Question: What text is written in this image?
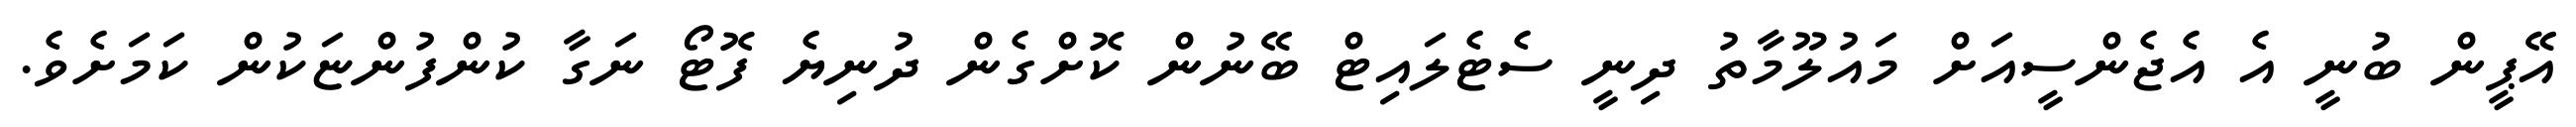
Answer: އޭޕީން ބުނީ އެ އެޖެންސީއަށް މައުލޫމާތު ދިނީ ސެޓެލައިޓް ބޭނުން ކޮށްގެން ދުނިޔެ ފޮޓޯ ނަގާ ކުންފުންޏަކުން ކަމަށެވެ.